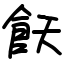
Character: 飫